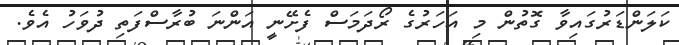
ކަލަންޑަރުގައިވާ ގޮތުން މި އަހަރުގެ ރޯދަމަސް ފެށޭނީ އަންނަ ބުރާސްފަތި ދުވަހު އެވެ.